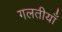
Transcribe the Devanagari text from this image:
गलतीयाँ